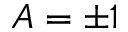
A = \pm 1